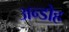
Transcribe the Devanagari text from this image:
अन्डोह